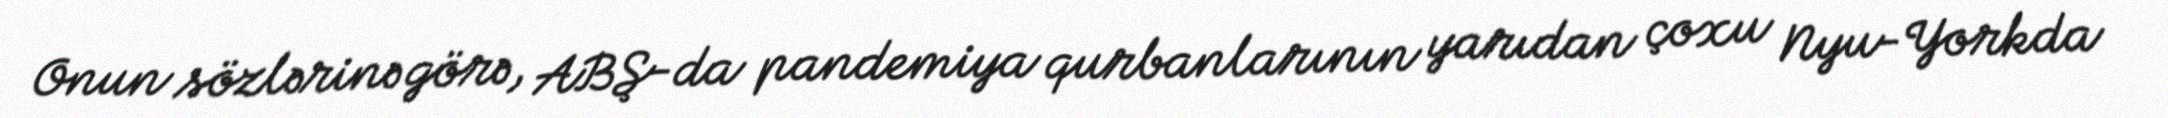
Onun sözlərinə görə, ABŞ-da pandemiya qurbanlarının yarıdan çoxu Nyu-Yorkda